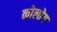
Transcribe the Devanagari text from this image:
कोलोग